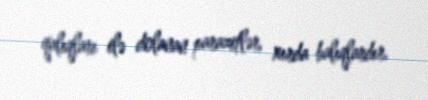
qalıqları ilə dolanan parazitlər, xırda balıqlardır.